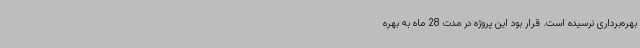
بهره‌برداری نرسیده است. قرار بود این پروژه در مدت 28 ماه به بهره‌